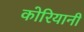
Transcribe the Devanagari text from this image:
कोरियानी